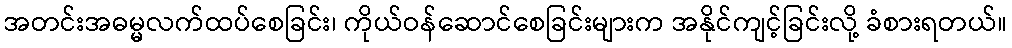
အတင်းအဓမ္မလက်ထပ်စေခြင်း၊ ကိုယ်ဝန်ဆောင်စေခြင်းများက အနိုင်ကျင့်ခြင်းလို့ ခံစားရတယ်။